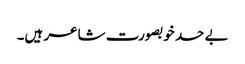
بے حد خوبصورت شاعر ہیں۔